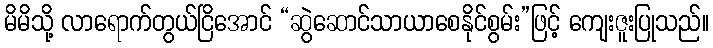
မိမိသို့ လာရောက်တွယ်ငြိအောင် “ဆွဲဆောင်သာယာစေနိုင်စွမ်း”ဖြင့် ကျေးဇူးပြုသည်။